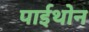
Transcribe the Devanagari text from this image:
पाईथोन